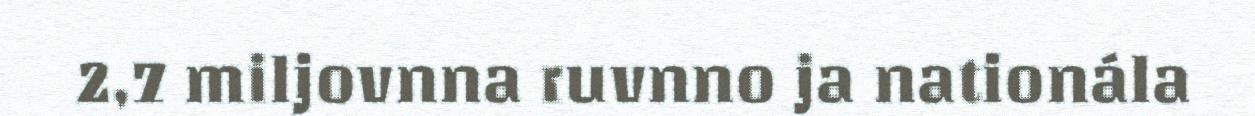
2,7 miljovnna ruvnno ja nationála